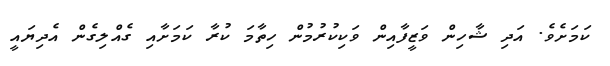
ކަމަށެވެ. އަދި ޝާހިން ވަޒީފާއިން ވަކިކުރުމުން ހިތާމަ ކުރާ ކަމަށާއި ގެއްލިގެން އެދިޔައީ